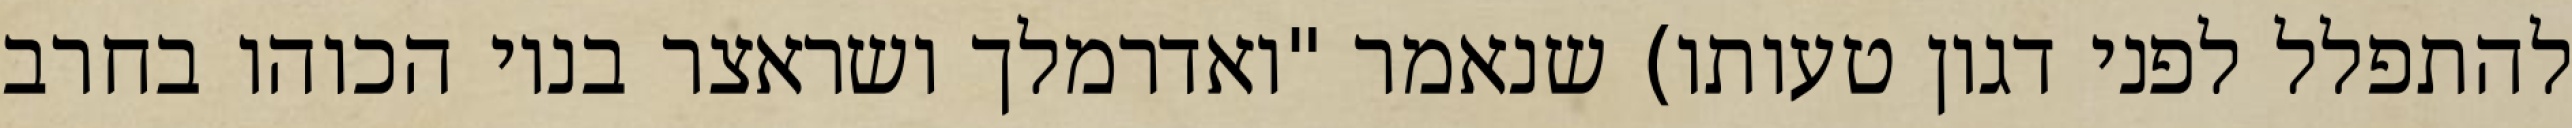
להתפלל לפני דגון טעותו) שנאמר "ואדרמלך ושראצר בניו הכוהו בחרב